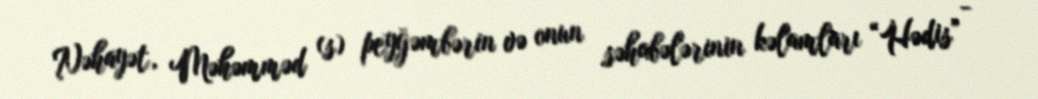
Nəhayət, Məhəmməd (s) peyğəmbərin və onun səhabələrinin kəlamları “Hədis” -